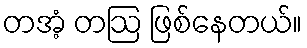
တအံ့ တဩ ဖြစ်နေတယ်။